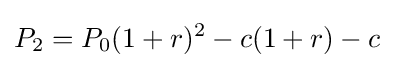
P_{2}=P_{0}(1+r)^{2}-c(1+r)-c